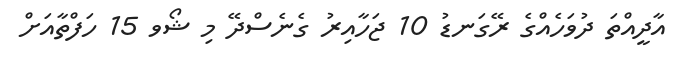
އާދީއްތަ ދުވަހެއްގެ ރޭގަނޑު 10 ޖަހާއިރު ގެނެސްދޭ މި ޝޯވ 15 ހަފްތާއަށް